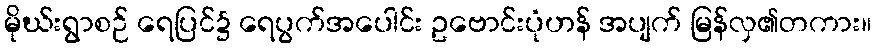
မိုဃ်းရွာစဉ် ရေပြင်၌ ရေပွက်အပေါင်း ဥဗောင်းပုံဟန် အပျက် မြန်လှ၏တကား။